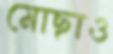
মোছাও